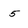
Character: 5